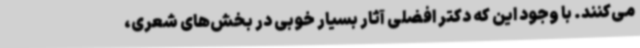
می‌کنند. با وجود این که دکتر افضلی آثار بسیار خوبی در بخش‌های شعری،